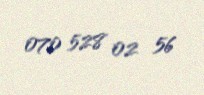
070 528 02 56